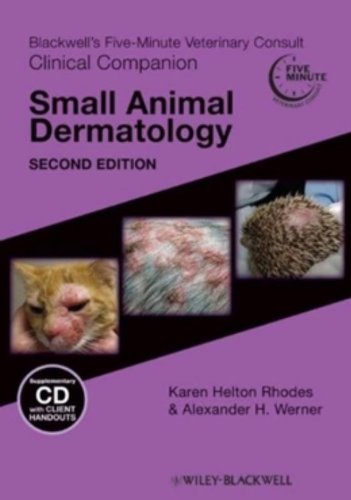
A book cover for Blackwell's Five-Minute Veterinary Consult Clinical Companion: Small Animal Dermatology; Karen Helton Rhodes; Medical Books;